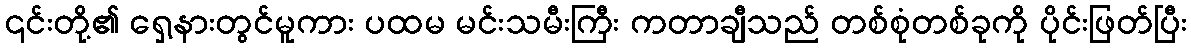
၎င်းတို့၏ ရှေ့နားတွင်မူကား ပထမ မင်းသမီးကြီး ကတာချီသည် တစ်စုံတစ်ခုကို ပိုင်းဖြတ်ပြီး